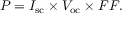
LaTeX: P = I _ { \mathrm { s c } } \times V _ { \mathrm { o c } } \times F F .